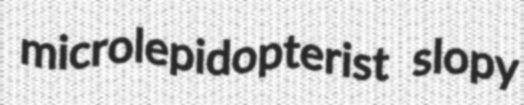
microlepidopterist slopy